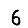
Digit: 6